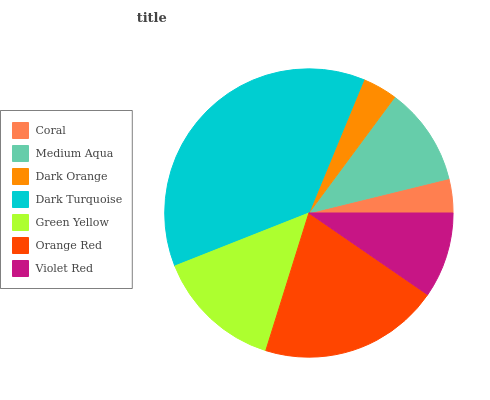
| Coral | Medium Aqua | Dark Orange | Dark Turquoise | Green Yellow | Orange Red | Violet Red |
 | --- | --- | --- | --- | --- | --- | --- |
 | 3.82% | 11% | 3.92% | 37.2% | 14.2% | 20.2% | 9.6% |